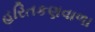
હરિતકણવાળા